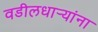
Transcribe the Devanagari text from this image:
वडीलधार्‍यांना